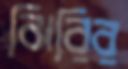
ঝিরির